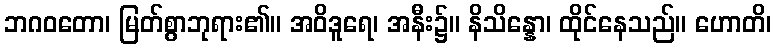
ဘဂဝတော၊ မြတ်စွာဘုရား၏။ အဝိဒူရေ၊ အနီး၌။ နိသိန္နော၊ ထိုင်နေသည်။ ဟောတိ၊